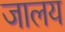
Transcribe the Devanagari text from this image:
जालय